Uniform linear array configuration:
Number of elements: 64
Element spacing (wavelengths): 1
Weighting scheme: exponential
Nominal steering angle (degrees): -60
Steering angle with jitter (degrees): -61.83
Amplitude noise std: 0.05
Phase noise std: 0.05

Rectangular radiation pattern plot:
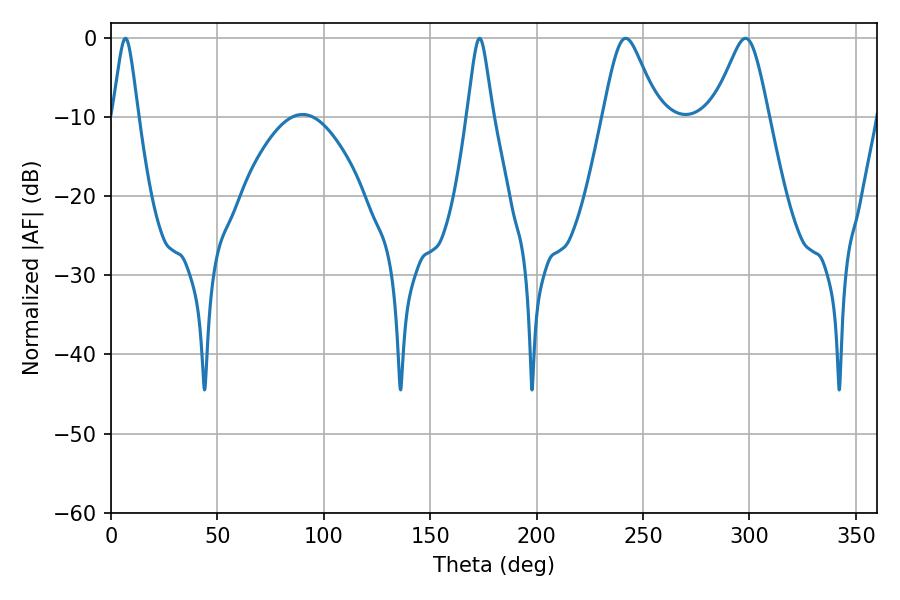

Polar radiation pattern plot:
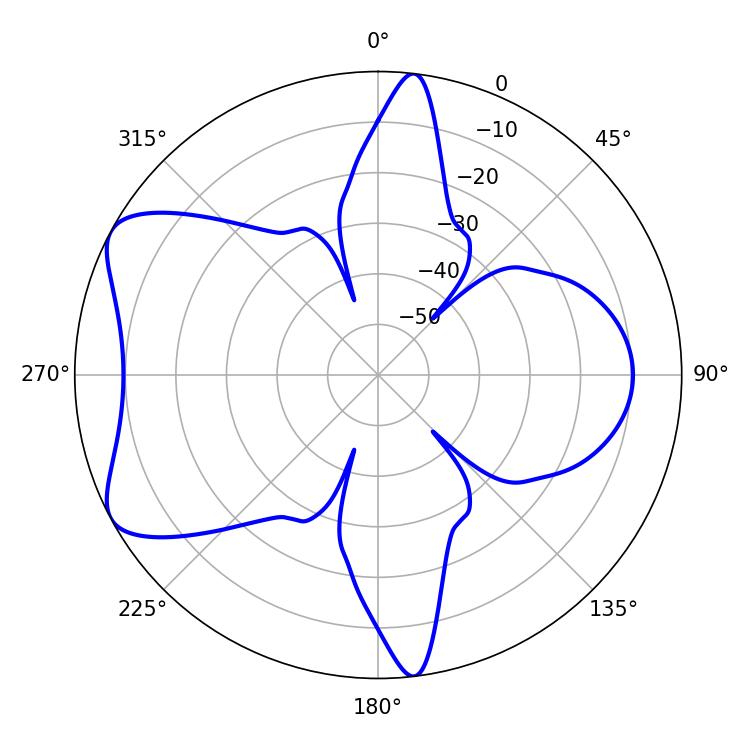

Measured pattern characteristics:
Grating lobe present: TRUE
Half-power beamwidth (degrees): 12.6
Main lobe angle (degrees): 241.92